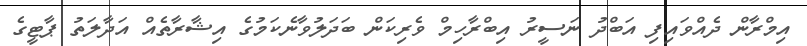
އިމްރާން ދެއްވައިފި އަބްދު ނަސީރު އިބްރާހިމް ވެރިކަން ބަދަލުވާނެކަމުގެ އިޝާރާތެއް އަދާލަތު ޕާޓީގެ